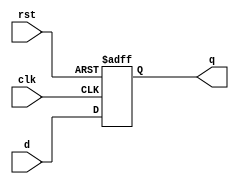
module shift_register(
  input clk,
  input rst,
  input d,
  output q
    );

reg q_reg;
assign q = q_reg;

always@(posedge clk or posedge rst) begin
  if (rst) begin
    q_reg <= 1'b0;
  end else begin
    q_reg <= d;
  end
end

endmodule